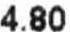
4.80